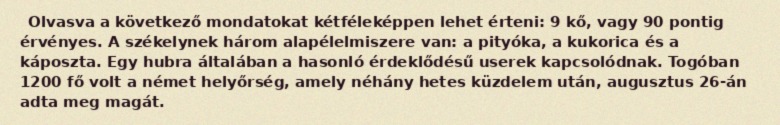
Olvasva a következő mondatokat kétféleképpen lehet érteni: 9 kő, vagy 90 pontig érvényes. A székelynek három alapélelmiszere van: a pityóka, a kukorica és a káposzta. Egy hubra általában a hasonló érdeklődésű userek kapcsolódnak. Togóban 1200 fő volt a német helyőrség, amely néhány hetes küzdelem után, augusztus 26-án adta meg magát.